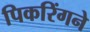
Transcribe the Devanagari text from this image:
पिकरिंगने